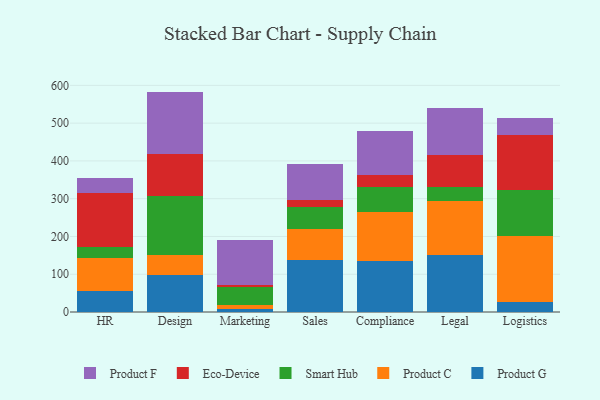
{"axis": {"x": "Department", "y": "Bounce Rate (%)"}, "legend": ["Eco-Device", "Product C", "Product F", "Product G", "Smart Hub"], "data": [{"x": "HR", "y": 56.6, "type": "Product G"}, {"x": "HR", "y": 85.1, "type": "Product C"}, {"x": "HR", "y": 31.4, "type": "Smart Hub"}, {"x": "HR", "y": 141.5, "type": "Eco-Device"}, {"x": "HR", "y": 40.2, "type": "Product F"}, {"x": "Design", "y": 98.7, "type": "Product G"}, {"x": "Design", "y": 53.1, "type": "Product C"}, {"x": "Design", "y": 156.5, "type": "Smart Hub"}, {"x": "Design", "y": 110.4, "type": "Eco-Device"}, {"x": "Design", "y": 164.8, "type": "Product F"}, {"x": "Marketing", "y": 8.9, "type": "Product G"}, {"x": "Marketing", "y": 10.7, "type": "Product C"}, {"x": "Marketing", "y": 46.6, "type": "Smart Hub"}, {"x": "Marketing", "y": 6.6, "type": "Eco-Device"}, {"x": "Marketing", "y": 117.0, "type": "Product F"}, {"x": "Sales", "y": 137.3, "type": "Product G"}, {"x": "Sales", "y": 83.6, "type": "Product C"}, {"x": "Sales", "y": 57.4, "type": "Smart Hub"}, {"x": "Sales", "y": 17.3, "type": "Eco-Device"}, {"x": "Sales", "y": 97.3, "type": "Product F"}, {"x": "Compliance", "y": 135.1, "type": "Product G"}, {"x": "Compliance", "y": 129.1, "type": "Product C"}, {"x": "Compliance", "y": 66.7, "type": "Smart Hub"}, {"x": "Compliance", "y": 32.7, "type": "Eco-Device"}, {"x": "Compliance", "y": 115.8, "type": "Product F"}, {"x": "Legal", "y": 151.9, "type": "Product G"}, {"x": "Legal", "y": 142.2, "type": "Product C"}, {"x": "Legal", "y": 35.9, "type": "Smart Hub"}, {"x": "Legal", "y": 84.5, "type": "Eco-Device"}, {"x": "Legal", "y": 125.9, "type": "Product F"}, {"x": "Logistics", "y": 26.8, "type": "Product G"}, {"x": "Logistics", "y": 174.6, "type": "Product C"}, {"x": "Logistics", "y": 121.6, "type": "Smart Hub"}, {"x": "Logistics", "y": 145.0, "type": "Eco-Device"}, {"x": "Logistics", "y": 46.6, "type": "Product F"}]}